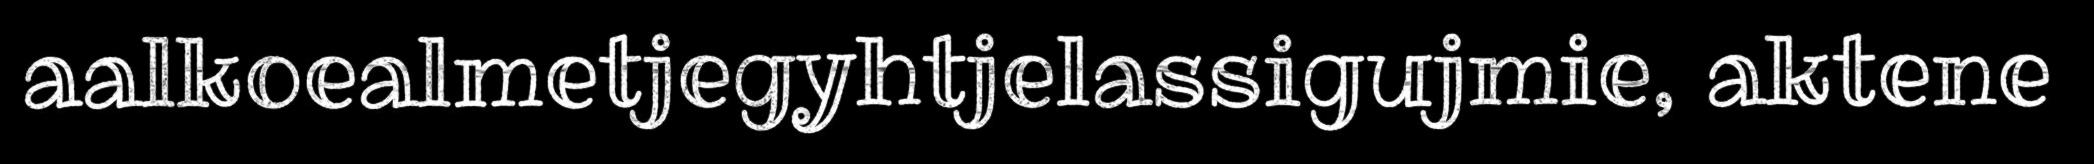
aalkoealmetjegyhtjelassigujmie, aktene